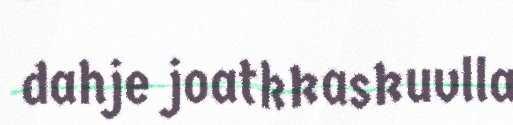
dahje joatkkaskuvlla